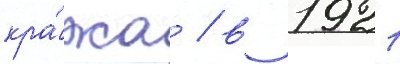
кра́жа / в 1921